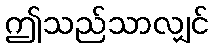
ဤသည်သာလျှင်